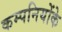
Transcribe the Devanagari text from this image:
कम्पनियोंके